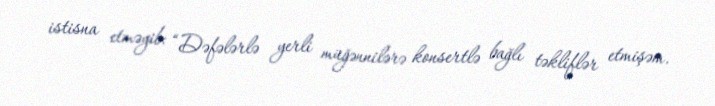
istisna etməyib: “Dəfələrlə yerli müğənnilərə konsertlə bağlı təkliflər etmişəm.